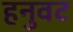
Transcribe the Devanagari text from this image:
हनुवट